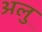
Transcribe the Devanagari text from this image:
अलु